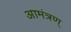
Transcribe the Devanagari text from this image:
आमंत्रण्